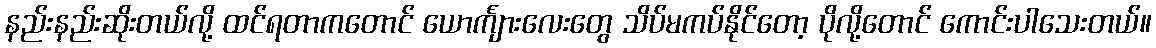
နည်းနည်းဆိုးတယ်လို့ ထင်ရတာကတောင် ယောင်္ကျားလေးတွေ သိပ်မကပ်နိုင်တော့ ပိုလို့တောင် ကောင်းပါသေးတယ်။